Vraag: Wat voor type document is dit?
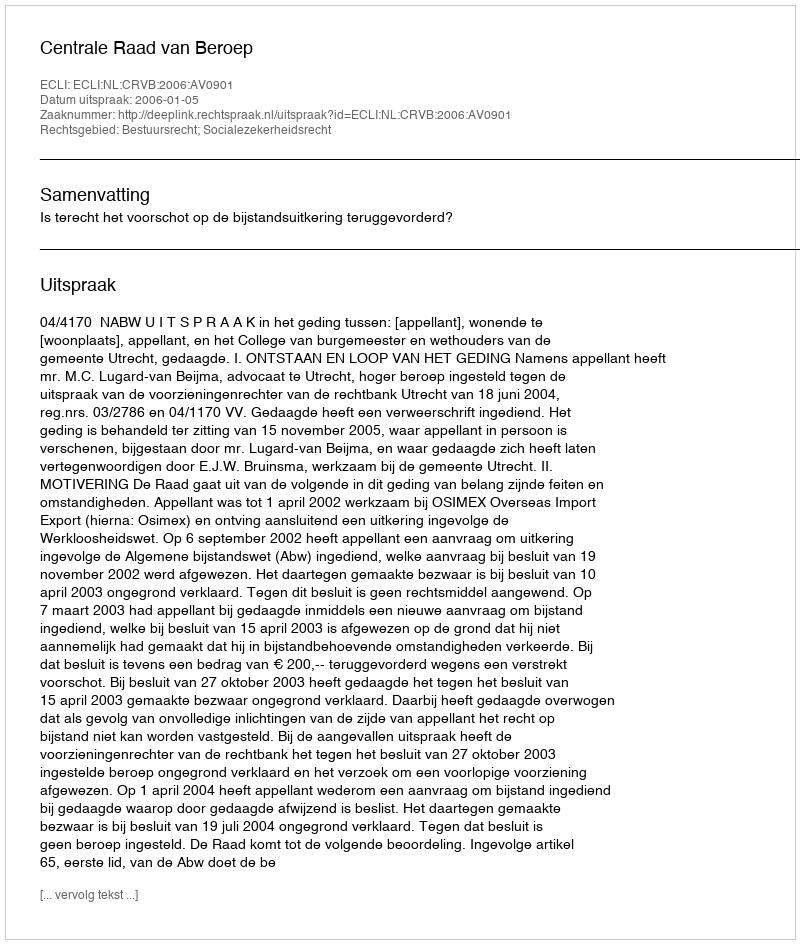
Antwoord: Uitspraak